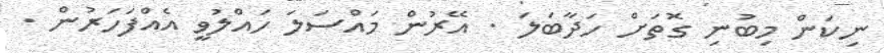
ނިކަން މިބުނި ގޮތަށް ހަދާބަލަ . އޭރުން މައްސަލަ ހައްލުވީ އެއްފަހަރުން .